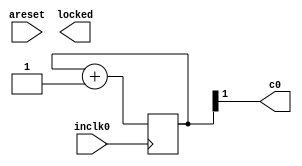
module Audio_Clock 
(
	input areset,
	input inclk0,
	output c0,
	output locked
);
	
reg  	[10:0] COUNTER_500;
wire  CLOCK_500 = COUNTER_500[9];
assign c0 = COUNTER_500[1];

always @(posedge inclk0)
	COUNTER_500 <= COUNTER_500 + 1;

endmodule